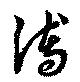
溥